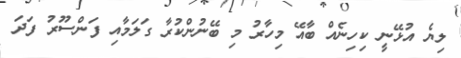
ލިޔެ އުޅޭނީ ކިހިނެއް ބާއޭ މިހާރު މި ބޭނުންކުރާ ގަލަމާއި ފަންސޫރު ފަދަ